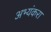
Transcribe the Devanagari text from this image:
अभ्यंकरा